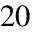
2 0